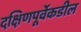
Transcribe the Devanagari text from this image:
दक्षिणपूर्वेकडील